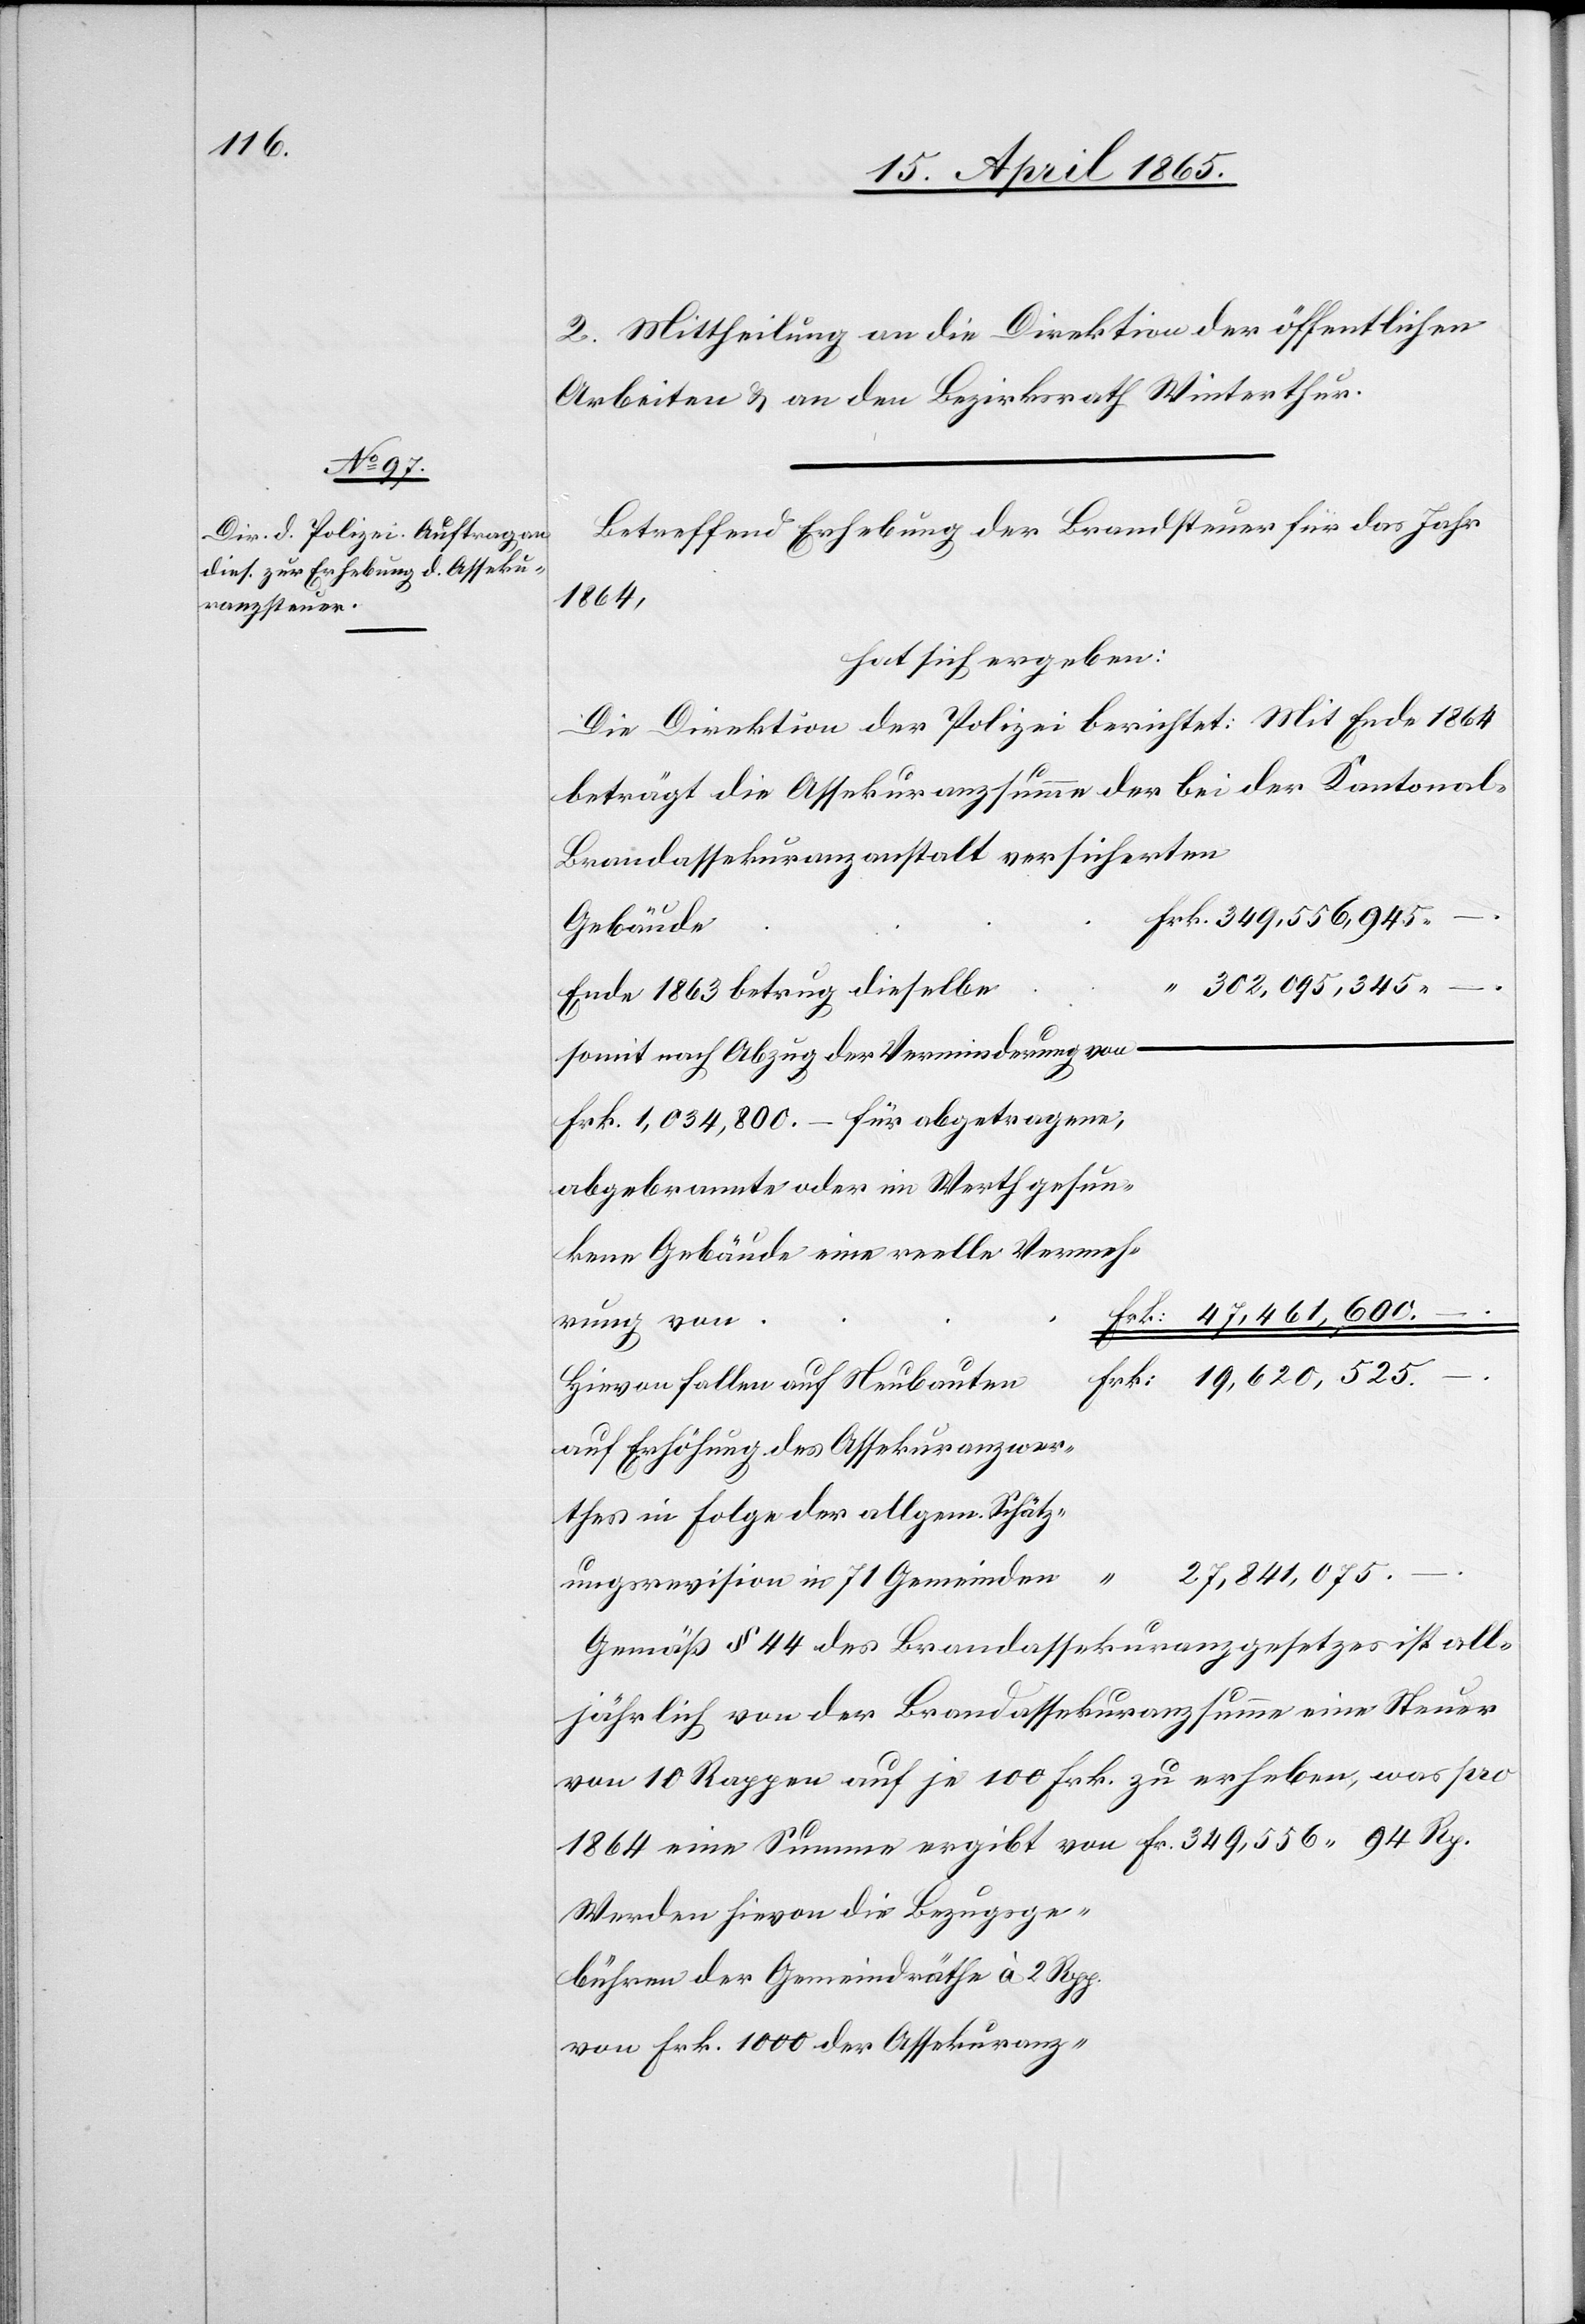
2. Mittheilung an die Direktion der öffentlichen
Arbeiten & an den Bezirksrath Winterthur.
Betreffend Erhebung der Brandsteuer für da Jahr
1864
hat sich ergeben:
Die Direktion der Polizei berichtet: Mit Ende 1864
beträgt die Assekuranzsumme der bei der Kantonal-B¬
randassekuranzanstalt versicherten
Frk.
Gebäude
“
302,095,345
Frk.
Ende 1863 betrug dieselbe
somit nach Abzug der Verminderung von
Frk. 1,034,800. – für abgetragene,
abgebrannte oder im Werth gesun¬
kene Gebäude eine reelle Vermeh¬
Hievon fallen auf Neubauten
auf Erhöhung des Assekuranzwer¬
thes in Folge der allgem. Schätz¬
Rp
27,841,075.
ungsrevision in 71 Gemeinden
Gemäß § 44 des Brandassekuranzgesetzes ist all¬
jährlich von der Brandassekuranzsumme eine Steuer
von 10 Rappen auf je 100 Frk. zu erheben, was pro
Werden hievon die Bezugsge¬
bühren der Gemeindräthe à 2 Rpp.
von Frk. 1000 der Assekuranz-